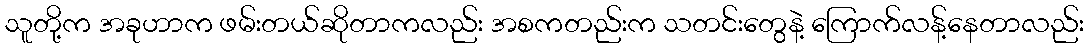
သူတို့က အခုဟာက ဖမ်းတယ်ဆိုတာကလည်း အစကတည်းက သတင်းတွေနဲ့ ကြောက်လန့်နေတာလည်း